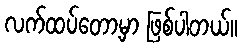
လက်ထပ်တော့မှာ ဖြစ်ပါတယ်။